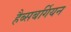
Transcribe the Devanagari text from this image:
हैब्सबर्गियन